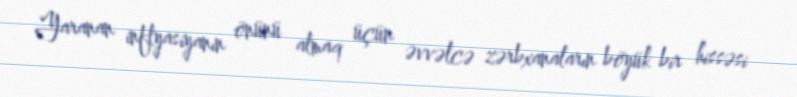
Yaranan inflyasiyanın önünü almaq üçün əvvəlcə zərbxanaların böyük bir hissəsi